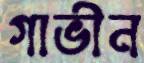
গাভীন